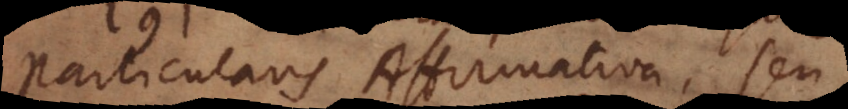
Particularis Affirmativa, seu